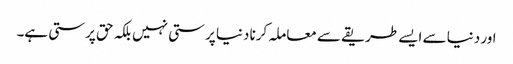
اور دنیا سے ایسے طریقے سے معاملہ کرنا دنیا پرستی نہیں بلکہ حق پرستی ہے۔